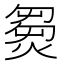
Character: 𤌽